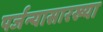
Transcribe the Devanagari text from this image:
पर्जन्यासारख्या